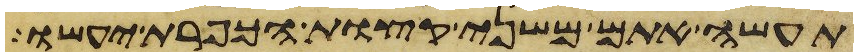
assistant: תעשה אתם משני קצות הכפרת יעשו